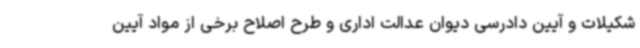
شکیلات و آیین دادرسی دیوان عدالت اداری و طرح اصلاح برخی از مواد آیین